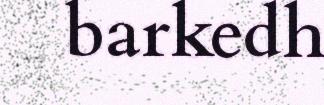
barkedh